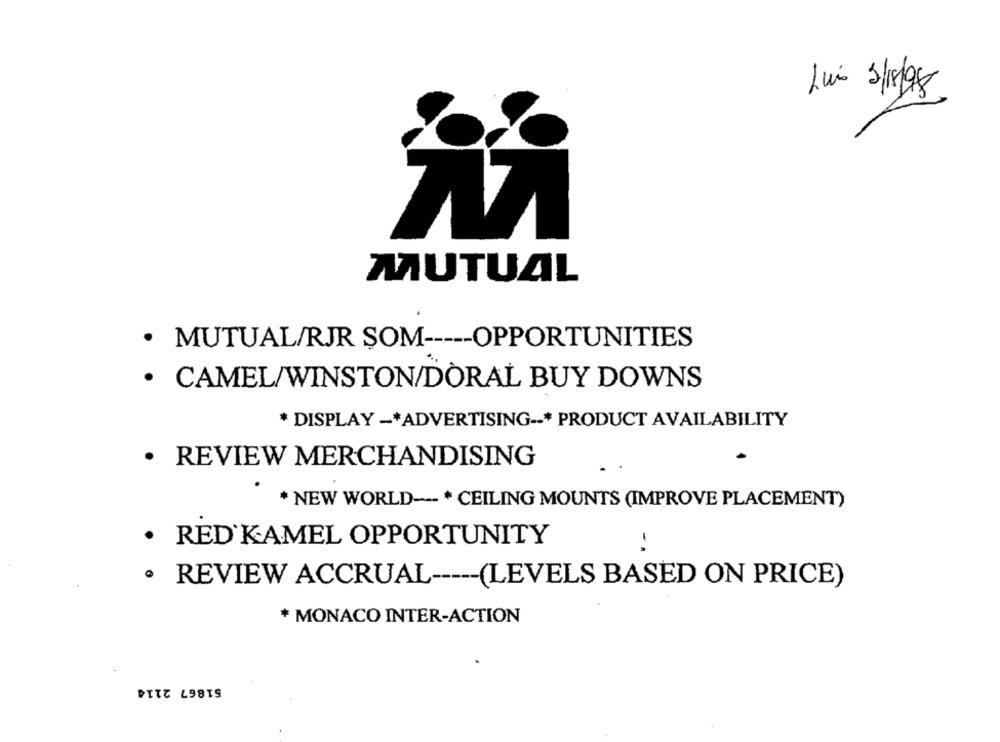
Luis 3/1/98
MUTUAL
· MUTUAL/RJR SOM ----- OPPORTUNITIES
· CAMEL/WINSTON/DORAL BUY DOWNS
* DISPLAY -* ADVERTISING --* PRODUCT AVAILABILITY
· REVIEW MERCHANDISING
* NEW WORLD --- * CEILING MOUNTS (IMPROVE PLACEMENT)
· RED KAMEL OPPORTUNITY
· REVIEW ACCRUAL ----- (LEVELS BASED ON PRICE)
* MONACO INTER-ACTION
51867 2114